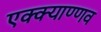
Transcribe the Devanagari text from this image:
एक्क्याण्णव